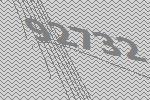
92732